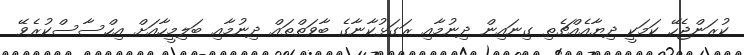
ކުރަންޖެހޭ ކަމަކީ ދިޔާއެއްޗެތި ގިނައިން ދިނުމާއި ރަގަޅުކާނާގެ ބާވަތްތައް ދިނުމާއި ބަލިމީހާއަށް އިހްސާސްކުރެވޭ